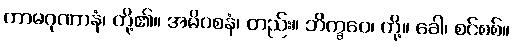
ကာမဂုဏာနံ၊ တို့၏။ အဓိဝစနံ၊ တည်း။ ဘိက္ခဝေ၊ တို့။ ခေါ၊ စင်စစ်။